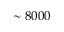
\sim 8 0 0 0